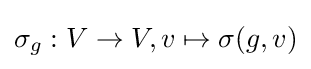
\sigma _{g}:V\to V,v\mapsto \sigma (g,v)